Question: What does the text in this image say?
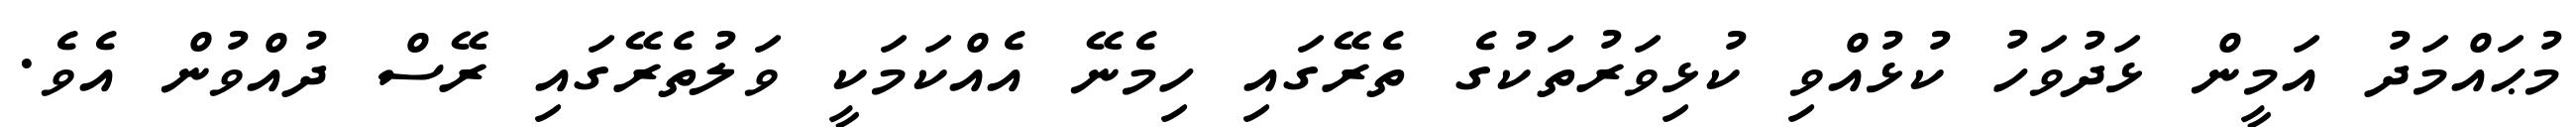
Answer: މުޙައްމަދު އަމީން ޅަދުވަހު ކުޅުއްވި ކުޅިވަރުތަކުގެ ތެރޭގައި ހިމެނޭ އެއްކަމަކީ ވަލުތެރޭގައި ރޭސް ދުއްވުން އެވެ.